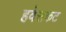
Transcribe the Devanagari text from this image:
हवेसकट